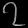
Digit: ၇